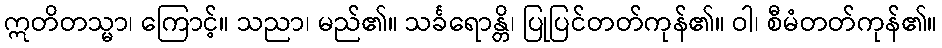
ဣတိတသ္မာ၊ ကြောင့်။ သညာ၊ မည်၏။ သင်္ခရောန္တိ၊ ပြုပြင်တတ်ကုန်၏။ ဝါ၊ စီမံတတ်ကုန်၏။